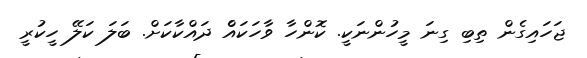
ޖަހައިގެން ތިބި ގިނަ މީހުންނަކީ. ކޮންހާ ވާހަކައެް ދައްކާކަށް. ބަލަ ކަލޭ ހީކުރީ